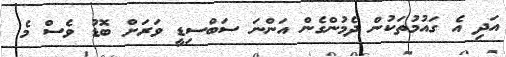
އަދި އެ ގައުމުތަކުން ދެމުންގެން އަންނަ ސަބްސިޑީ ވަރަށް ބޮޑު ވެސް މެ